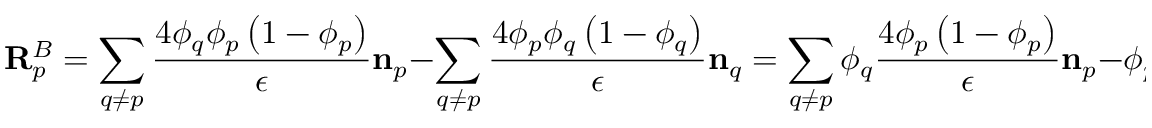
\mathbf { R } _ { p } ^ { B } = \sum _ { q \neq p } \frac { 4 \phi _ { q } \phi _ { p } \left( 1 - \phi _ { p } \right) } { \epsilon } \mathbf { n } _ { p } - \sum _ { q \neq p } \frac { 4 \phi _ { p } \phi _ { q } \left( 1 - \phi _ { q } \right) } { \epsilon } \mathbf { n } _ { q } = \sum _ { q \neq p } \phi _ { q } \frac { 4 \phi _ { p } \left( 1 - \phi _ { p } \right) } { \epsilon } \mathbf { n } _ { p } - \phi _ { p } \sum _ { q \neq p } \frac { 4 \phi _ { q } \left( 1 - \phi _ { q } \right) } { \epsilon } \mathbf { n } _ { q } .